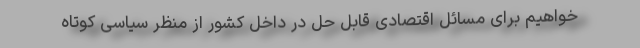
خواهیم برای مسائل اقتصادی قابل حل در داخل کشور از منظر سیاسی کوتاه